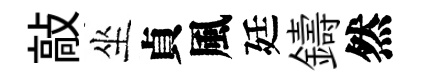
敲坐貞風廷鑄然